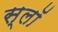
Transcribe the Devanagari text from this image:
स्लॉ